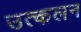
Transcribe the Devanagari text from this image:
उत्‍कलन